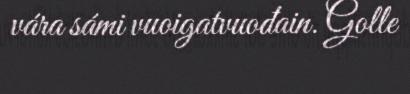
vára sámi vuoigatvuođain. Golle